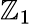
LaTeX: \mathbb{Z}_{1}